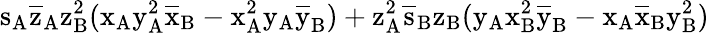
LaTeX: \mathrm{s_{A}\mathrm{\overline{{z}}_{A}\mathrm{z_{B}^{2}(\mathrm{x_{A}\mathrm{y_{A}^{2}\mathrm{\overline{{x}}_{B}-\mathrm{x_{A}^{2}\mathrm{y_{A}\mathrm{\overline{{y}}_{B})+\mathrm{z_{A}^{2}\mathrm{\overline{{s}}_{B}\mathrm{z_{B}(\mathrm{y_{A}\mathrm{x_{B}^{2}\mathrm{\overline{{y}}_{B}-\mathrm{x_{A}\mathrm{\overline{{x}}_{B}\mathrm{y_{B}^{2})}}}}}}}}}}}}}}}}}}